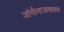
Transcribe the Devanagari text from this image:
जॉनीलाजाणवले